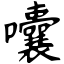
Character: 囔